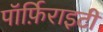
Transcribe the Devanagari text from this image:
पॉर्फ़िराइटी